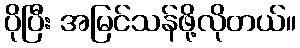
ပိုပြီး အမြင်သန်ဖို့လိုတယ်။